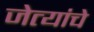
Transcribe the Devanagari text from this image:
जेत्यांचे